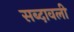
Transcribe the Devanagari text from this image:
सब्दावली